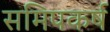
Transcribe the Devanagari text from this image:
समिपकर्ष